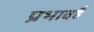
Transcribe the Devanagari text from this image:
प्रभावहै